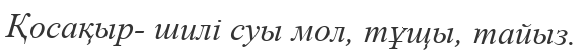
Қосақыр- шилі суы мол, тұщы, тайыз.